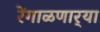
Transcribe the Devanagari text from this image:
रेंगाळणार्‍या